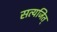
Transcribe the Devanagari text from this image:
सत्यजित्